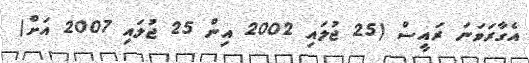
އެގާރަވަނަ ރައީސް (25 ޖުލައި 2002 އިން 25 ޖުލައި 2007 އަށް)